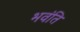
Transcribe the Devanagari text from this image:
भवंति